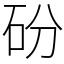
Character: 砏